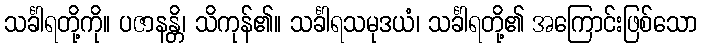
သင်္ခါရတို့ကို။ ပဇာနန္တိ၊ သိကုန်၏။ သင်္ခါရသမုဒယံ၊ သင်္ခါရတို့၏ အကြောင်းဖြစ်သော